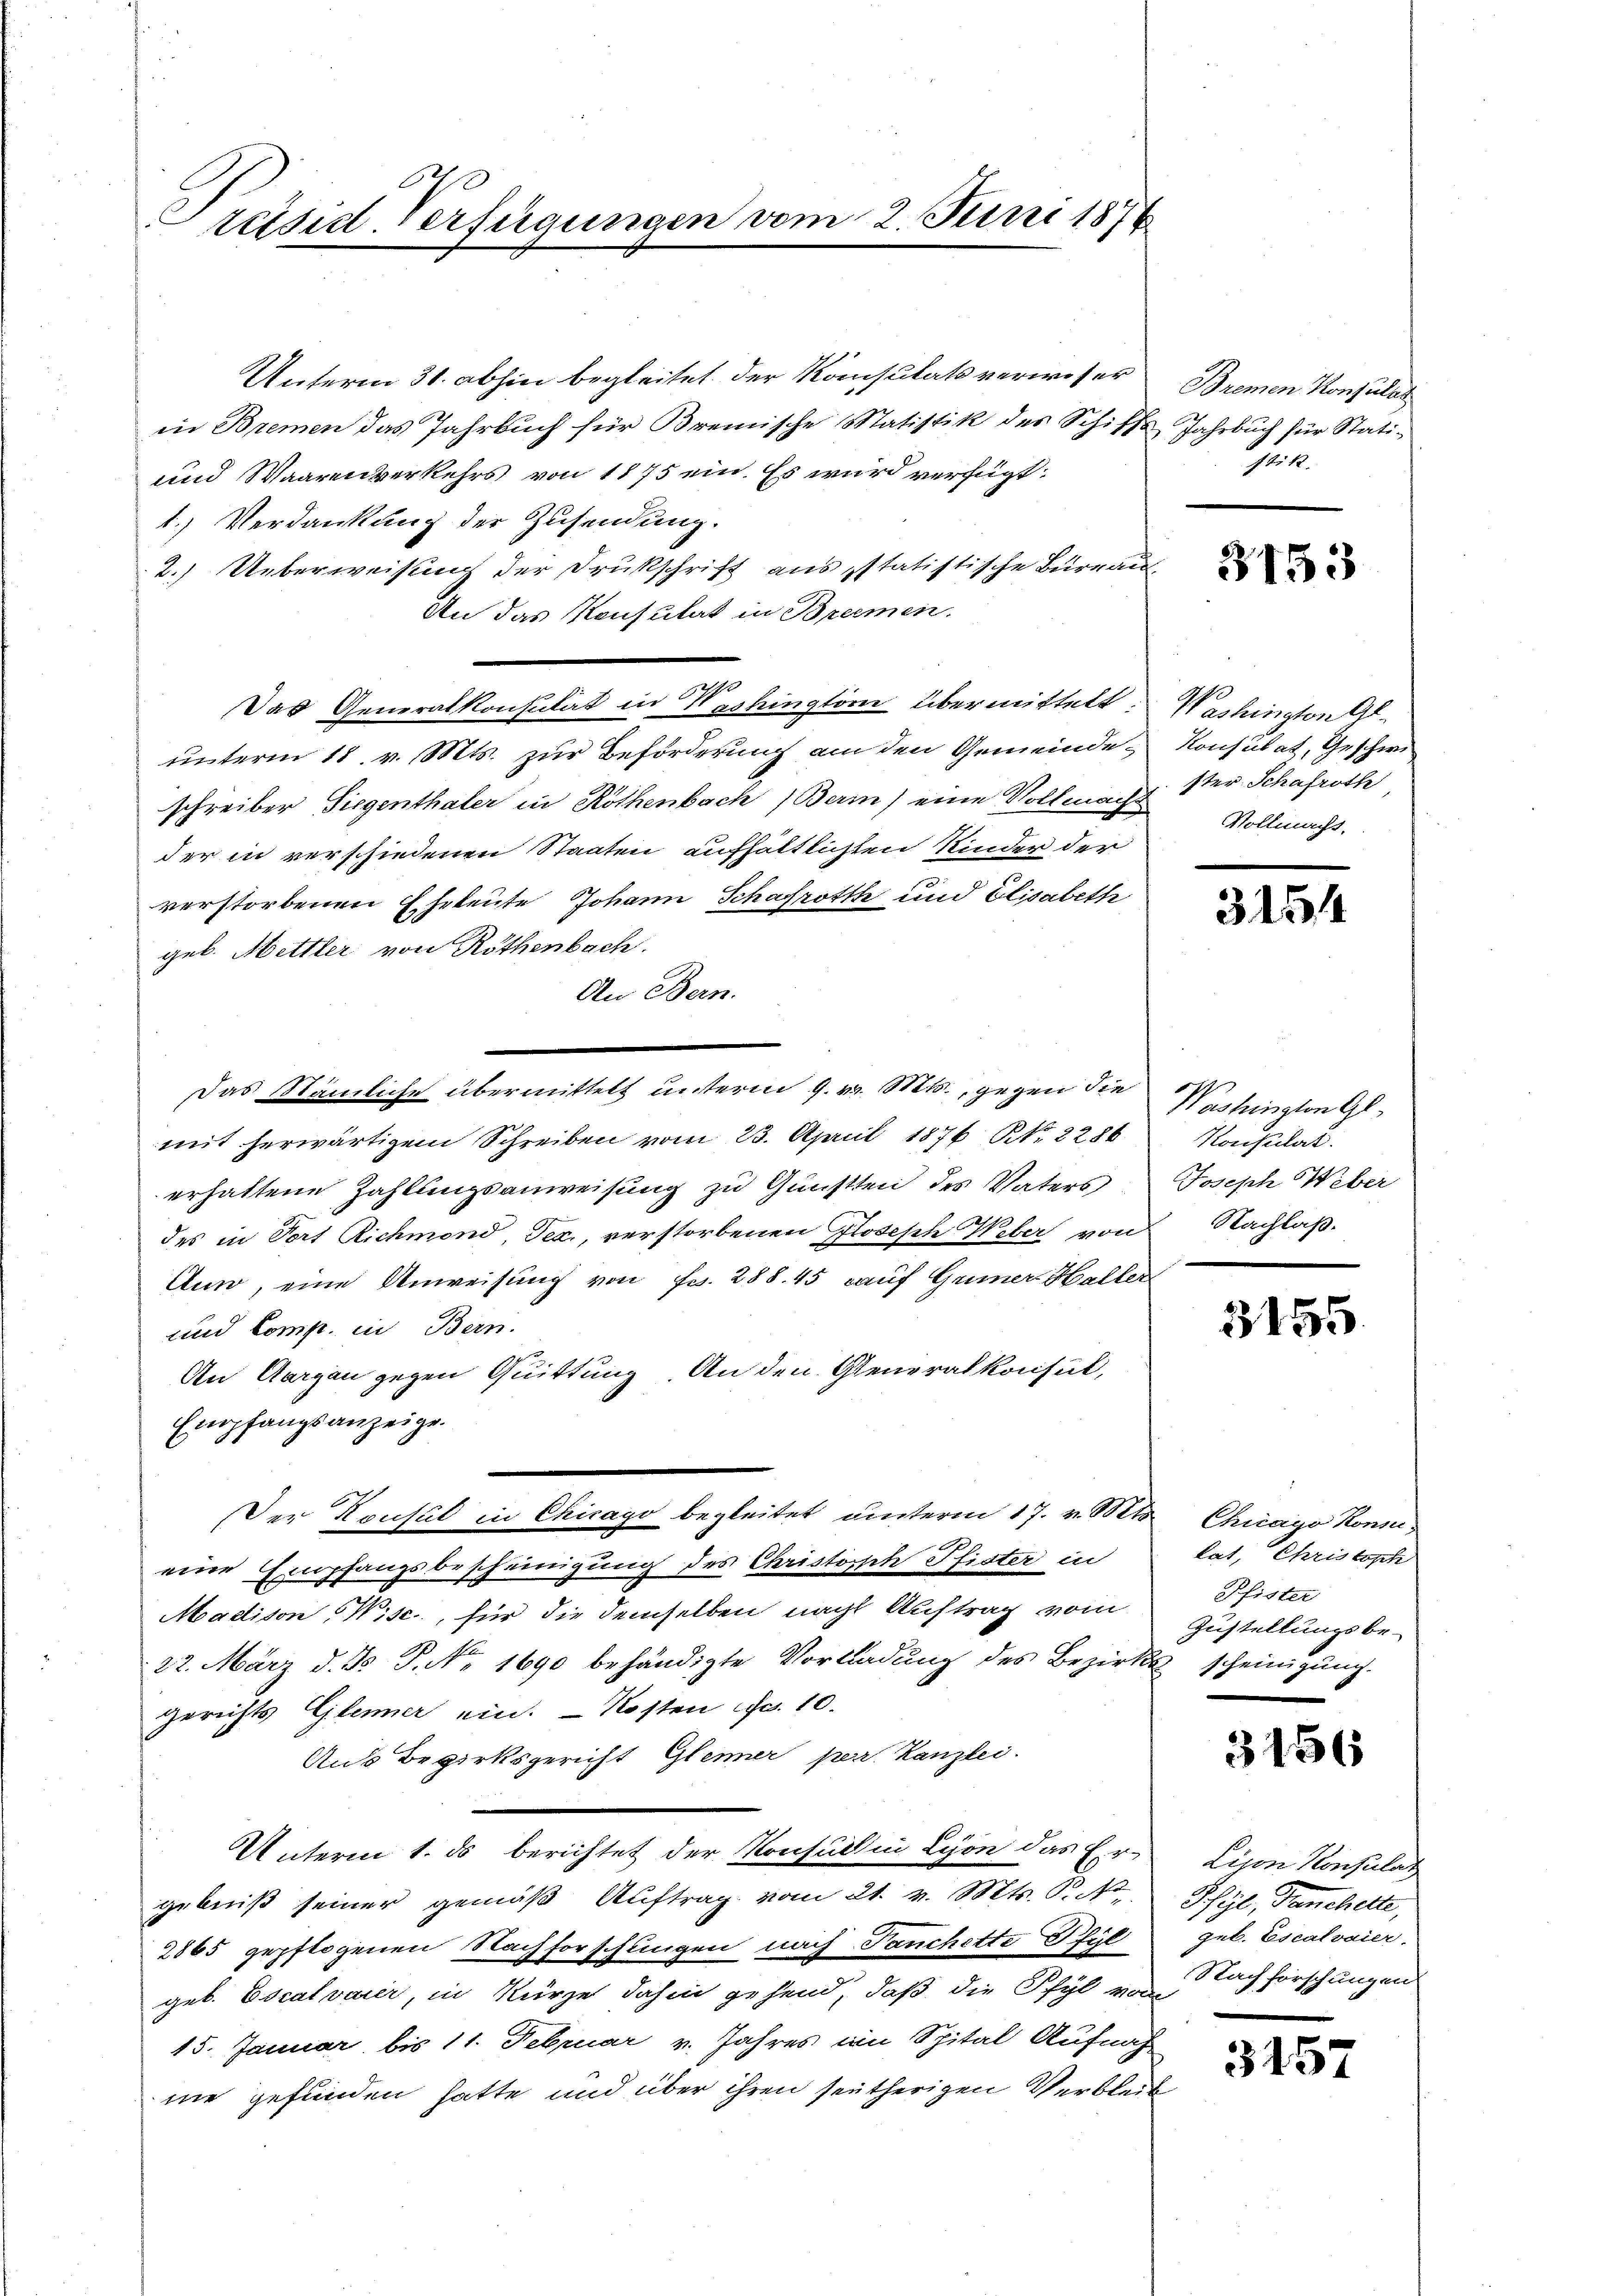
Präsidt-Verfügungen vom

Unterm 31. abhin begleitet der Konsulats verweser
in Bremen das Jahrbuch für Bremische Matistik des Schiffs Jahrbuch für Stati¬
und Waarenverkehrs von 1875 ein. Es wird verfügt:
1.) Verdankung der Zusendung.
2.) Ueberweisung der Drukschrift aus statistische Bureau-
An das Konsulat in Bremen.
Das Generalkonsultat in Washington übermittelt:
unterm 18. v. Mts. zur Beförderung am den Gemeindeschreiber Siegenthaler in Röthenbach, Berm) eine Vollmacht Vollmacht.
der in verschiedenen Staaten aufhältlichten Kinder der
verstorbenen Eheleute Johann Schafrott und Elisabeth
geb. Mettler von Röthenbach.
An Bern.
Das Nämliche übermittelt unterm 9. v. Mts., gegen die
mit herwärtigem Schreiben vom 23. April 1876 N. 2286
erhaltene Zahlungsanweisung zu Gunstten des Vaters
des in Torf Richmond Dec., verstorbenen Glosesch Weber von Nachlaß¬
Auso, eine Anweisung von Fr. 288. 45 auf Griner Haller
und Comp. in Bern.
An Aargau gegen Quittung. An den Generalkonsul,
Empfangsanzeige.
Der Konsul in Chicago begleitet unterm 17. v. Mts.
.
eine Empfangsbescheinigung des Christoph Pfister in
Madison "Wisc., für die demselben nach Auftrag vom
22. März d. d. P. Nr. 1690 behändigte Vorladung des Bezirks scheinigung.
gerichts Gleiner ein. - Kosten Fr. 10.
Aus Bezirksgericht Gleiner per. Kanzlei.
Unterm 1. ds berichtet der Konsul in Lyon das Er-
gebniß seiner gemäß Auftrag vom 21. v. Mts. P. Nr.
2865 gepflogenen Nachforschungen nach Tanchette Pful
geb. Escalvarer, in Kürze dahin gehend, daß die Pfyl von Nachforschungen
15. Januar bis 11. Februar v. Jahres im Spital Aufnah
me gefunden hatte und über ihren seitherigen Verbleib

2. Juni 1874

Bremen Konsulat
ftik.

3153

Washington Gl.
Konsulat, Geschwi
ster Schafroth

3154

Washingten Gl
Konsulat
Joseph Weber

3155

Chicago Kons
tat, Christoph
Pfister
Zustellungsbe-

3

Lijon Konsulat
Pfyl, Panchette,
geb. Escalvaier.

5

3157